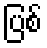
ပြစ်